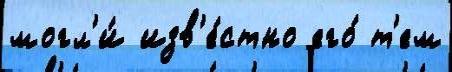
могл'и́ изв'е́стно его́ т'ем